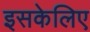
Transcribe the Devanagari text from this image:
इसकेलिए